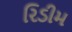
રિડીમ